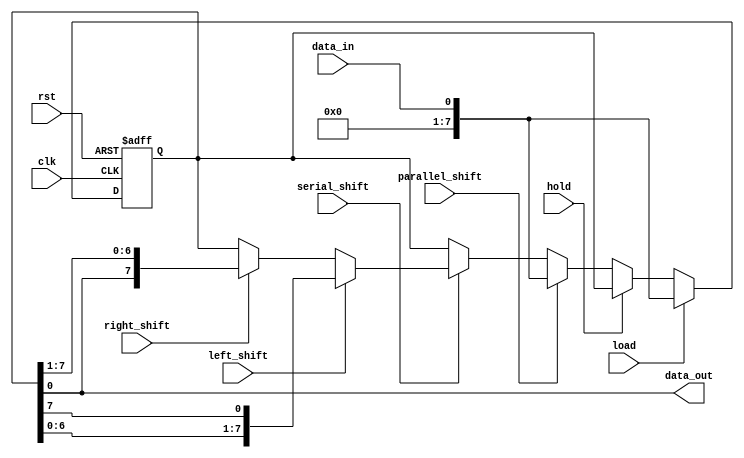
module universal_shift_register(
  input wire clk,
  input wire rst,
  input wire parallel_shift,
  input wire serial_shift,
  input wire left_shift,
  input wire right_shift,
  input wire load,
  input wire hold,
  input wire data_in,
  output reg data_out
);

reg [7:0] shift_reg;

always @(posedge clk or posedge rst) begin
  if (rst)
    shift_reg <= 8'h00;
  else begin
    if (load)
      shift_reg <= data_in;
    else if (hold)
      shift_reg <= shift_reg;
    else begin
      if (parallel_shift)
        shift_reg <= data_in;
      else if (serial_shift) begin
        if (left_shift)
          shift_reg <= {shift_reg[6:0], shift_reg[7]};
        else if (right_shift)
          shift_reg <= {shift_reg[0], shift_reg[7:1]};
        else
          shift_reg <= shift_reg;
      end
    end
  end
end

assign data_out = shift_reg;

endmodule